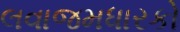
લવાજમધારકો